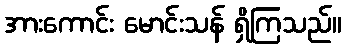
အားကောင်း မောင်းသန် ရှိကြသည်။